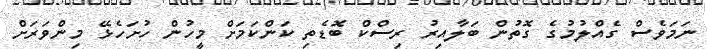
ނަމަވެސް ގެއްލުމުގެ ގޮތުން ބަލާއިރު ރިސްކް ބޮޑެތި ކަންކަމަށް މީހުން ހުށަހެޅޭ މިންވަރަށް